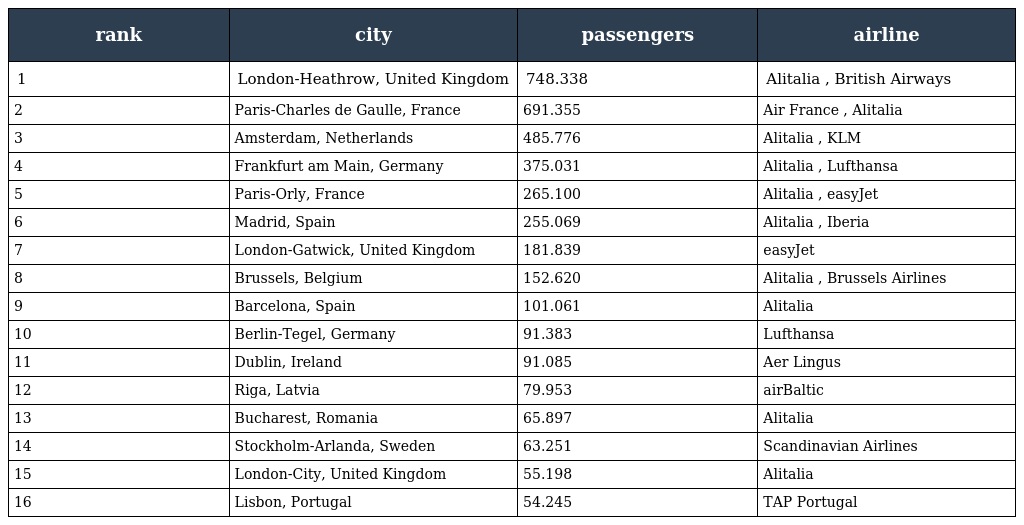
| rank | city | passengers | airline |
 | --- | --- | --- | --- |
 | 1 | London-Heathrow, United Kingdom | 748.338 | Alitalia , British Airways |
 | 2 | Paris-Charles de Gaulle, France | 691.355 | Air France , Alitalia |
 | 3 | Amsterdam, Netherlands | 485.776 | Alitalia , KLM |
 | 4 | Frankfurt am Main, Germany | 375.031 | Alitalia , Lufthansa |
 | 5 | Paris-Orly, France | 265.100 | Alitalia , easyJet |
 | 6 | Madrid, Spain | 255.069 | Alitalia , Iberia |
 | 7 | London-Gatwick, United Kingdom | 181.839 | easyJet |
 | 8 | Brussels, Belgium | 152.620 | Alitalia , Brussels Airlines |
 | 9 | Barcelona, Spain | 101.061 | Alitalia |
 | 10 | Berlin-Tegel, Germany | 91.383 | Lufthansa |
 | 11 | Dublin, Ireland | 91.085 | Aer Lingus |
 | 12 | Riga, Latvia | 79.953 | airBaltic |
 | 13 | Bucharest, Romania | 65.897 | Alitalia |
 | 14 | Stockholm-Arlanda, Sweden | 63.251 | Scandinavian Airlines |
 | 15 | London-City, United Kingdom | 55.198 | Alitalia |
 | 16 | Lisbon, Portugal | 54.245 | TAP Portugal |